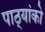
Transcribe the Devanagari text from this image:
पाठ्यांको